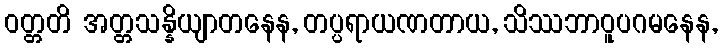
ဝတ္တတိ အတ္တသန္နိယျာတနေန, တပ္ပရာယဏတာယ, သိဿဘာဝူပဂမနေန,